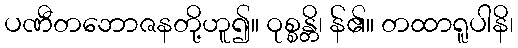
ပဏီတဘောဇနတို့ဟူ၍။ ဝုစ္စန္တိ၊ န်၏။ တထာရူပါနိ၊